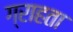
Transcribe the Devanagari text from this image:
ग्राहता